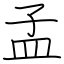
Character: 孟